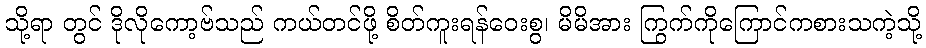
သို့ရာ တွင် ဒိုလိုကော့ဗ်သည် ကယ်တင်ဖို့ စိတ်ကူးရန်ဝေးစွ၊ မိမိအား ကြွက်ကိုကြောင်ကစားသကဲ့သို့